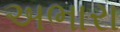
અભારા